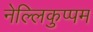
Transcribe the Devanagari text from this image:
नेल्लिकुप्पम